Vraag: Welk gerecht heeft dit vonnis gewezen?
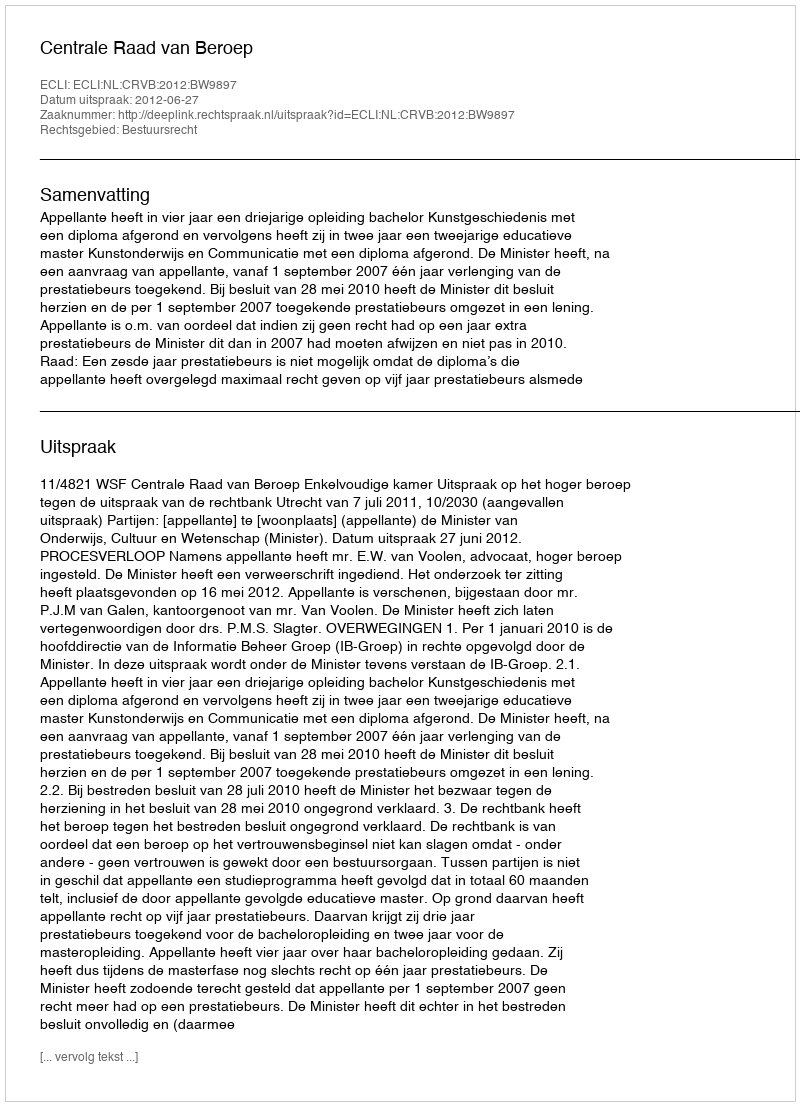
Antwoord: Centrale Raad van Beroep